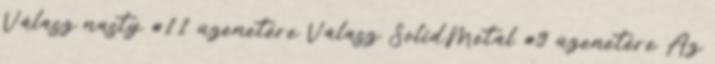
Válasz nasty #11 üzenetére Válasz SolidMetal #9 üzenetére Az